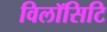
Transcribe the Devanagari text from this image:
विलॉसिटि